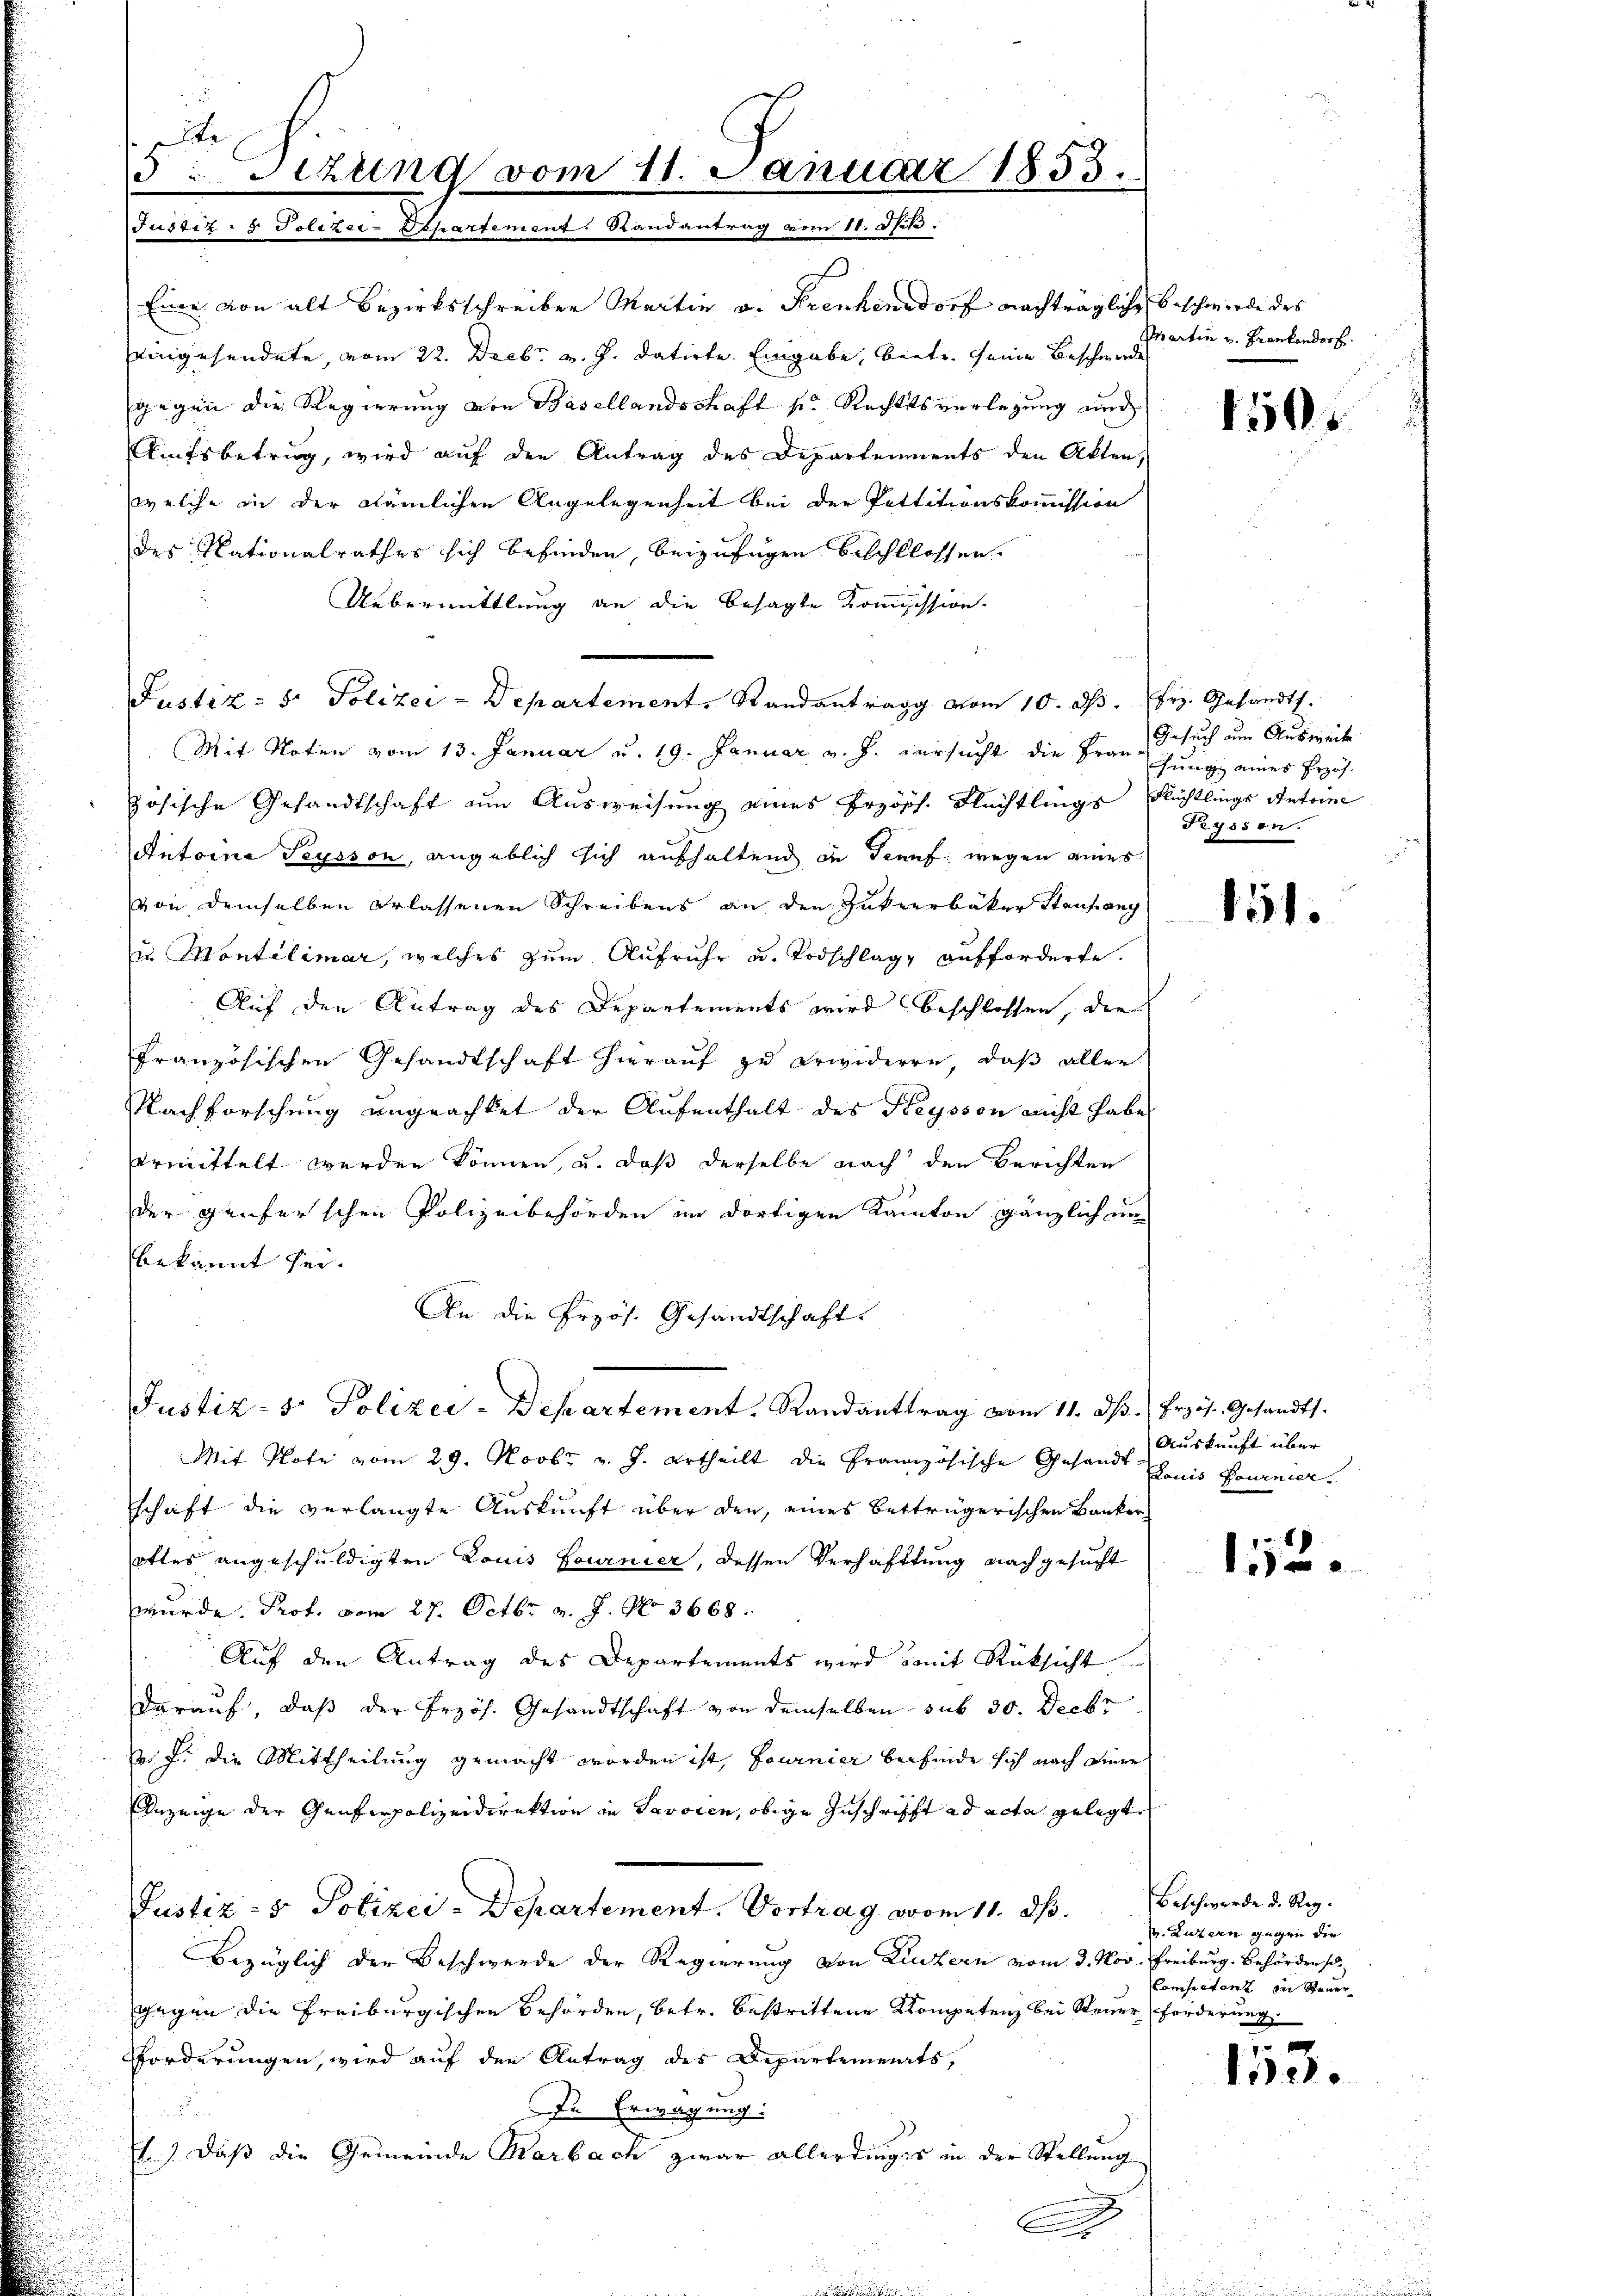
Eine von alt Bezirksschreiben Martin v. Frenkensdorf nachträgliche Beschwerde des
eingesendete, vom 22. Decbr. v. J. datirte. Eingabe, beite seine Beschwerde
gegen die Regierung von Basellandschaft so Rechtsverlegung und
Aufsbetrug, wird auf den Antrag des Departements den Akten,
welche in der nämlichen Angelegenheit bei der Pettitionskommission
des Nationalrathes sich befinden, beizufügen beschlossen.
Uebermittlung an die besagte Kommission.
Mit Noten vom 13. Januar u. 19. Januar v. J. versucht die Frau, Gesuch am Ausweil
zösische Gesandtschaft zum Ausweisung eines Erzöps. Flüchtlings Flüchtlings Antoine
Antoine Teysson, angeblich sich aufhaltend in Gennf wegen eines
von demselben erlassenen Schreibens an den Zukerbäker Stanfang
in Montelimar, welches zum Aufruhe u. Todschlag, aufforderte.
Auf den Antrag des Departements wird beschlossen, die
französischen Gesandtschaft hierauf zu erwideren, daß aller
Nachforschung ungeachtet der Aufenthalt des Heysson nicht habe
ermittelt werden können, u. daß derselbe nach den Berichten
der Genferschen Polizeibehörden im dortigen Kanton gänzlich an
bekannt sei.
An die Frzös. Gesandtschaft.
Justiz- & Polizei-Departement. Randanttrag vom 11. dβ. Frzös. Gesandts
Mit Plote vom 29. Novbr v. J. Urtheilt die Französische Gesandt
schaft die verlangte Auskunft über den, eines Betträgerischen Banker
ottes angeschuldigten Louis fournier, dessen Verhaftung nachgesucht
wurde: Prot. vom 27. Octbr. v. J. No 3668.
Auf den Antrag des Departements wird mit Rücksicht
darauf, daß der Erzös. Gesandtschaft von demselben sub 30. Decbr
v. J. die Mittheilung gemacht worden ist, fournier befinde sich nach einer
Anzeige der Genferpolizeidirektion in Savoren, obige Zuschrifft ad acta gelegte
Justiz- & Polizei-Departement. Vortrag vom 11. ds.
Bezüglich der Beschwerde der Regierung von Lintern vom 3. Nov. Freiburg. Behörden s
gegen die Freiburgischen Behörden, betr. bestrittene Kompetenz bei Steuer Forderung.
Forderungen, wird auf den Antrag des Departements,
In Erwägung:
.
1.) Daß die Gemeinde Marbach zwar allerdings in der Stellung
.

Ste
3: Sizung vom 11. Januar 1853.
Justiz- & Polizei-Separtement. Randantrag vom 11. Js.

Justiz- & Polizei - Departement. Randantrag vom 10. d. Frz. Gesandts

Martin u. Frankendorf.

1505

chung eines Erzäh
Tryssen.

151.

Auskunft über
Lauis fournier

152.

Beschwerde d. Reg.
v. Luzern gegen die
Kompetent in Steuer

f 8 x
153.